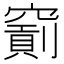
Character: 𥨐